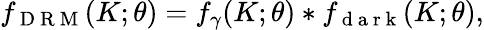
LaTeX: f_{\mathrm{~D~R~M~}}(K;\theta)=f_{\gamma}(K;\theta)*f_{\mathrm{~d~a~r~k~}}(K;\theta),